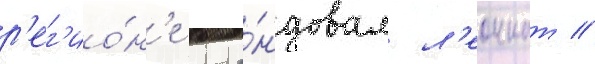
р'ег'ио́н'е кома́ндовал л'еоннат //